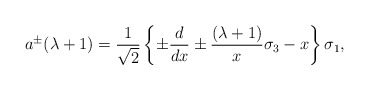
\begin{align*}a^{\pm }(\lambda +1) = {1\over \sqrt{2}}\left\{\pm {d\over dx} \pm{(\lambda +1)\over x}\sigma_{3} - x\right\}\sigma_{1},\end{align*}